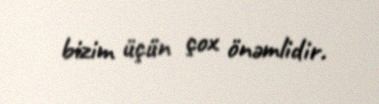
bizim üçün çox önəmlidir.